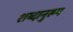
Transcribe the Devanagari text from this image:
शब्दानुरूप